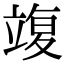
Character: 𥪚